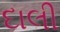
દાલી